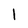
Character: 1